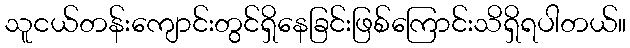
သူငယ်တန်းကျောင်းတွင်ရှိနေခြင်းဖြစ်ကြောင်းသိရှိရပါတယ်။